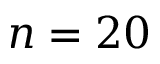
n = 2 0